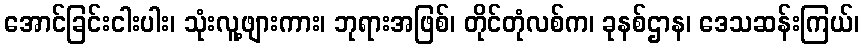
အောင်ခြင်းငါးပါး၊ သုံးလူ့ဖျားကား၊ ဘုရားအဖြစ်၊ တိုင်တုံလစ်က၊ ခုနစ်ဌာန၊ ဒေသဆန်းကြယ်၊